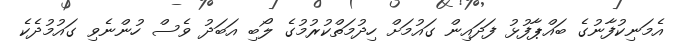
އެމަނިކުފާނުގެ ބައްޕާފުޅު ފަދައިން ގައުމަށް ހިދުމަތްކުރުމުގެ ލޯބި އަބަދު ވެސް ހުންނެވި ގައުމުދެކެ